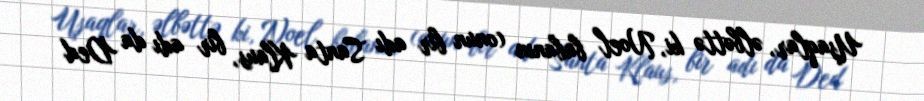
Uşaqlar, əlbəttə ki, Noel babanın (onun bir adı Santa Klaus, bir adı da Ded